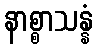
နာစ္စာသန္နံ